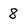
Character: 8